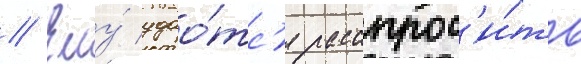
// Ему́ удао́тс'я расспрос'и́ть